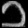
Digit: ၁